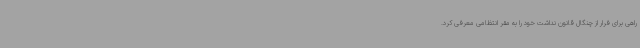
راهی برای فرار از چنگال قانون نداشت خود را به مقر انتظامی معرفی کرد.